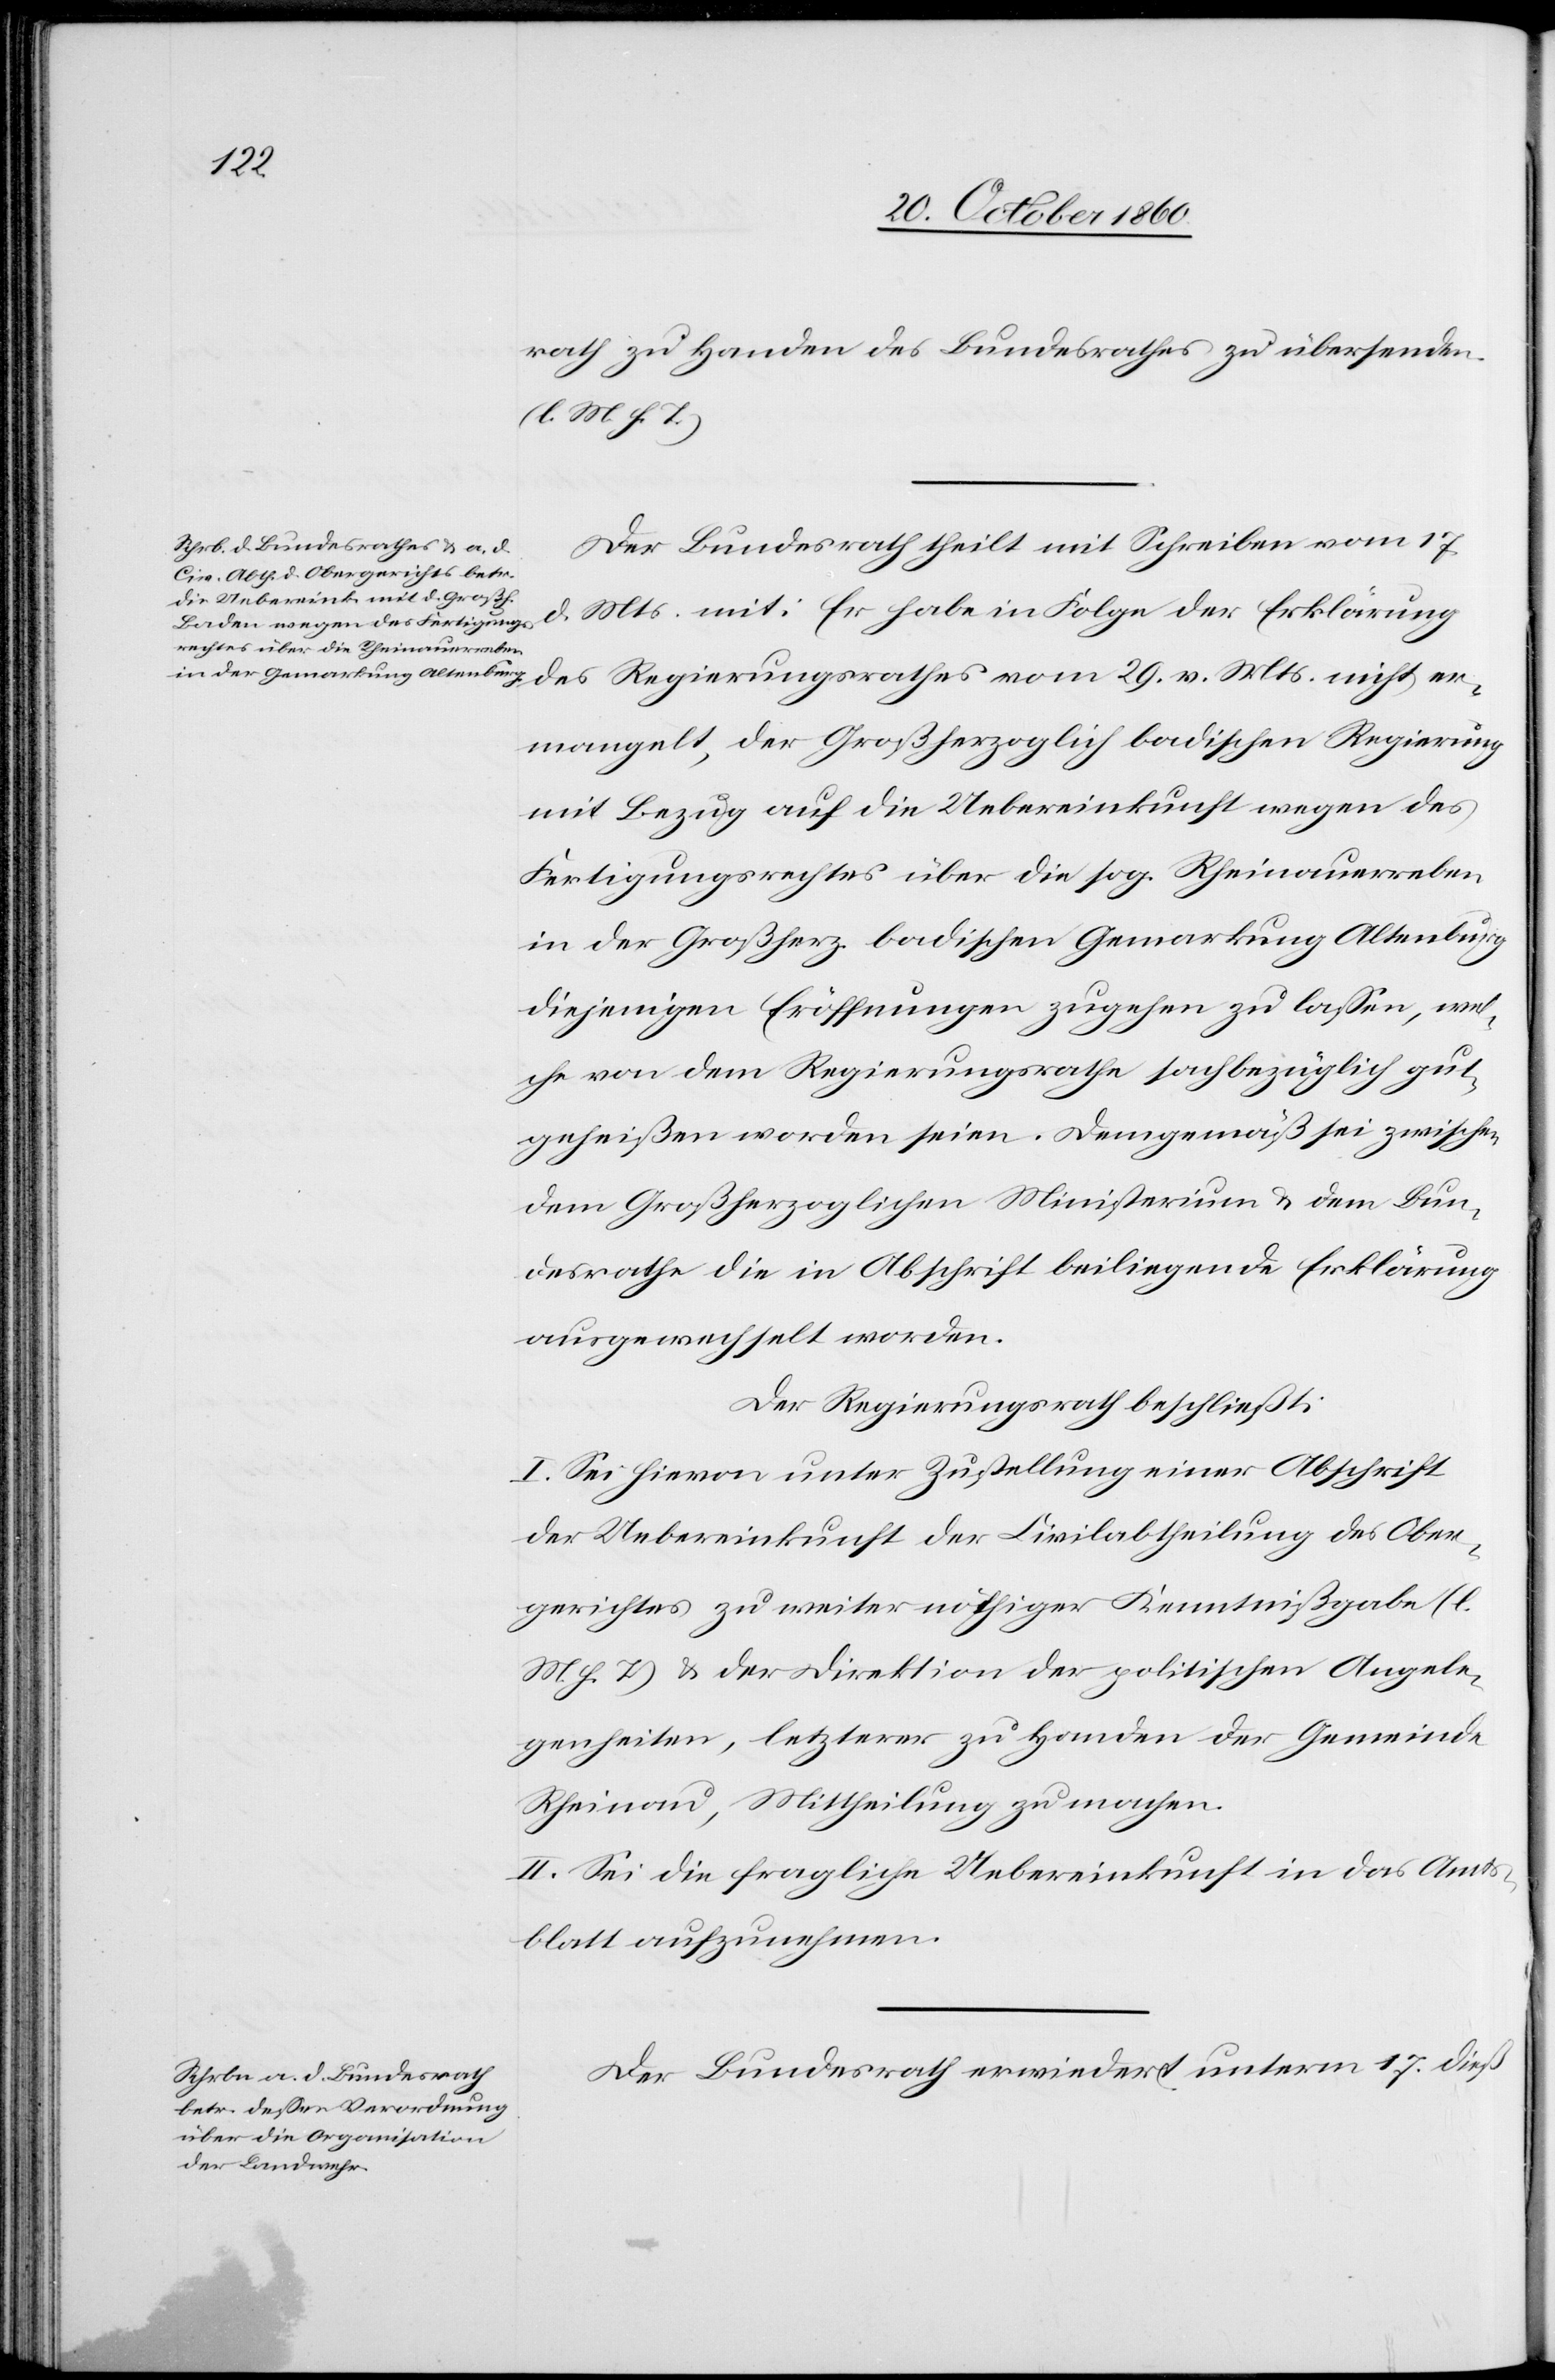
Mts.
rath zu Handen des Bundesrathes zu übersenden
(l. M. h. T.).
Der Bundesrath theilt mit Schreiben vom 17.
d. Mts. mit: Er habe in Folge der Erklärung
ermangelt, der Großherzoglich badischen Regierung
mit Bezug auf die Uebereinkunft wegen des
Fertigungsrechtes über die sog. Rheinauerreben
in der Großherz. badischen Gemarkung Altenburg
diejenigen Eröffnungen zugehen zu lassen, wel¬
che von dem Regierungsrathe sachbezüglich gut¬
geheißen worden seien. Demgemäß sei zwischen
dem Großherzoglichen Ministerium u. dem Bun¬
desrathe die in Abschrift beiliegende Erklärung
ausgewechselt worden.
Der Regierungsrath beschließt:
I. Sei hievon unter Zustellung einer Abschrift
der Uebereinkunft der Civilabtheilung des Ober¬
gerichtes zu weiter nöthiger Kenntnißgabe (l.
M. h. T.) u. der Direktion der politischen Angele¬
genheiten, letzterer zu Handen der Gemeinde
Rheinau, Mittheilung zu machen.
II. Sei die fragliche Uebereinkunft in das Amts¬
blatt aufzunehmen.
Der Bundesrath erwiedert unterm 17. dieß